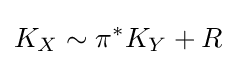
K_{X}\sim \pi ^{*}K_{Y}+R